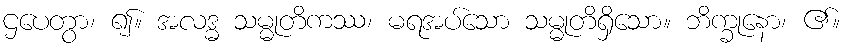
ဌပေတွာ၊ ၍။ အလဒ္ဓ သမ္မုတိကဿ၊ မရအပ်သော သမ္မုတိရှိသော။ ဘိက္ခုနော၊ ၏။